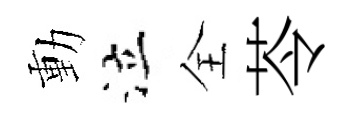
動泣全苓